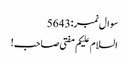
سوال نمبر:5643
السلام علیکم مفتی صاحب!